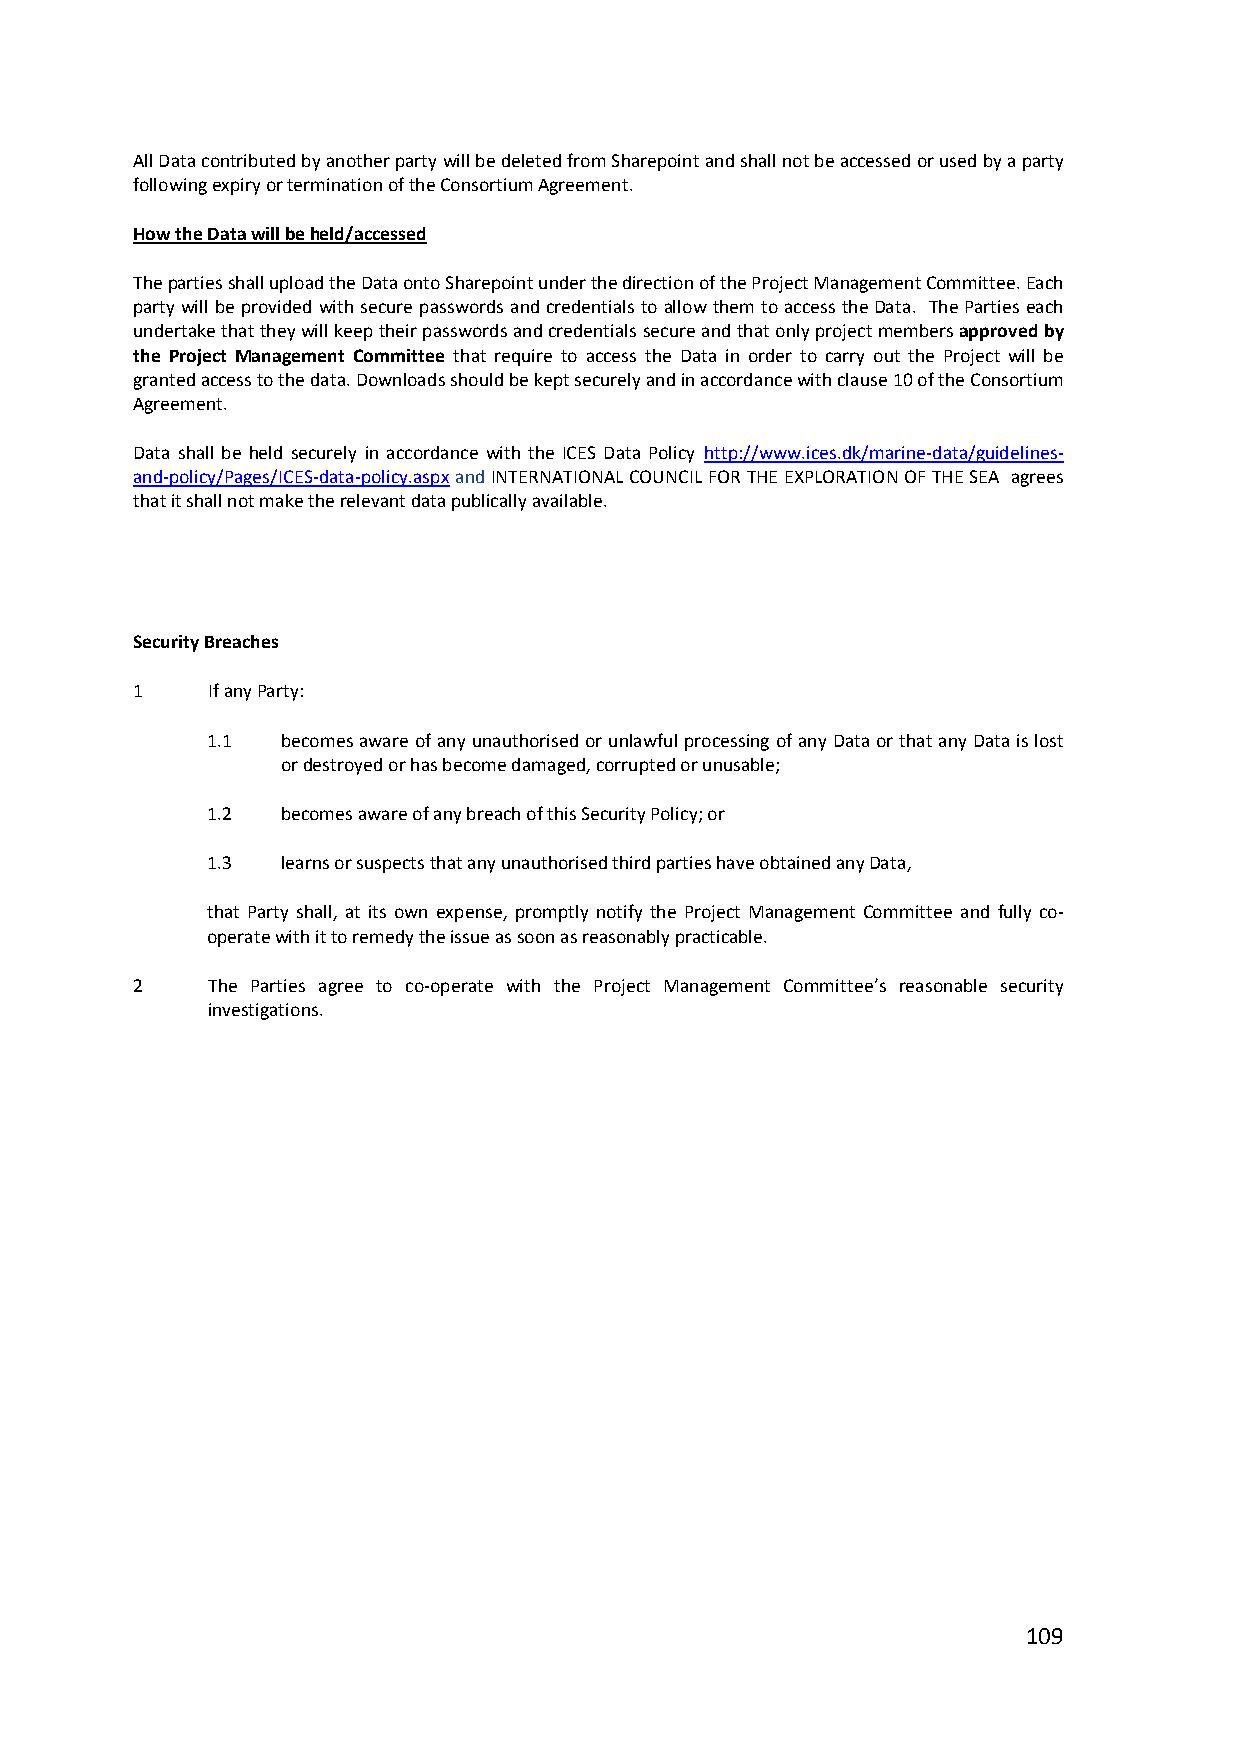
All Data contributed by another party will be deleted from Sharepoint and shall not be accessed or used by a party
 following expiry or termination of the Consortium Agreement.
 How the Data will be held/accessed
 The parties shall upload the Data onto Sharepoint under the direction of the Project Management Committee. Each
 party will be provided with secure passwords and credentials to allow them to access the Data. The Parties each
 undertake that they will keep their passwords and credentials secure and that only project members approved by
 the Project Management Committee that require to access the Data in order to carry out the Project will be
 granted access to the data. Downloads should be kept securely and in accordance with clause 10 of the Consortium
 Agreement.
 Data shall be held securely in accordance with the ICES Data Policy http://www.ices.dk/marine‐data/guidelines‐
 and‐policy/Pages/ICES‐data‐policy.aspx and INTERNATIONAL COUNCIL FOR THE EXPLORATION OF THE SEA agrees
 that it shall not make the relevant data publically available.
 Security Breaches
 1    If any Party:
 1.1  becomes aware of any unauthorised or unlawful processing of any Data or that any Data is lost
 or destroyed or has become damaged, corrupted or unusable;
 1.2  becomes aware of any breach of this Security Policy; or
 1.3  learns or suspects that any unauthorised third parties have obtained any Data,
 that Party shall, at its own expense, promptly notify the Project Management Committee and fully co‐
 operate with it to remedy the issue as soon as reasonably practicable.
 2    The Parties agree to co‐operate with the Project Management Committee’s reasonable security
 investigations.
 109